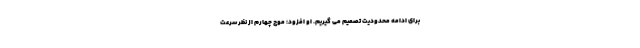
برای ادامه محدودیت تصمیم می گیریم. او افزود: موج چهارم از نظر سرعت